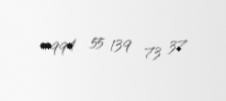
+994 55 139 73 37